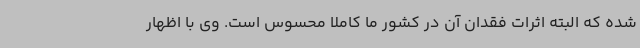
شده که البته اثرات فقدان آن در کشور ما کاملاً محسوس است. وی با اظهار